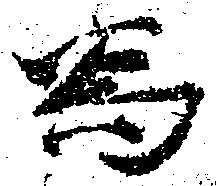
為